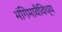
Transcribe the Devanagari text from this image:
भंगिमावैविध्य